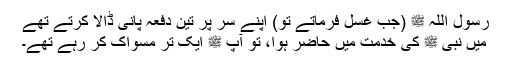
رسول اللہ ﷺ (جب غسل فرماتے تو) اپنے سر پر تین دفعہ پانی ڈالا کرتے تھے
میں نبی ﷺ کی خدمت میں حاضر ہوا، تو آپ ﷺ ایک تر مسواک کر رہے تھے۔